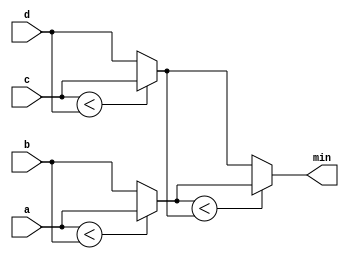
module top_module (
  input [7:0] a, b, c, d,
  output [7:0] min);
  
  wire [7:0] abLess;
  wire [7:0] cdLess;
  
  assign abLess = (a < b) ? a : b;
  assign cdLess = (c < d) ? c : d;
  assign min = (abLess < cdLess) ? abLess : cdLess;

endmodule